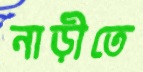
নাড়ীতে